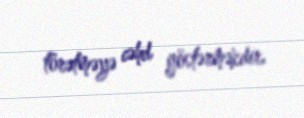
törətməyə cəhd göstərməkdir.